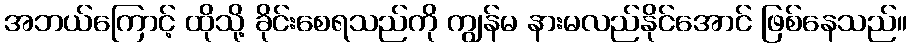
အဘယ်ကြောင့် ထိုသို့ ခိုင်းစေရသည်ကို ကျွန်မ နားမလည်နိုင်အောင် ဖြစ်နေသည်။